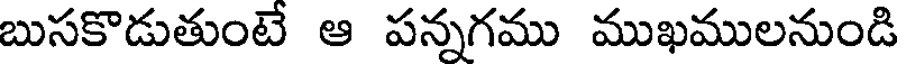
బుసకొడుతుంటే ఆ పన్నగము ముఖములనుండి